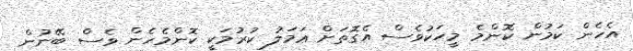
އެހެން ކަމުން ކޮންމެ މީހަކުވެސް އެގޮތަށް ޢަމަލު ކުރުމަކީ ކޮންމެހެން ވެސް ބޭނުން